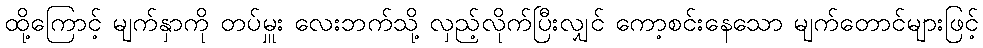
ထို့ကြောင့် မျက်နှာကို တပ်မှူး လေးဘက်သို့ လှည့်လိုက်ပြီးလျှင် ကော့စင်းနေသော မျက်တောင်များဖြင့်